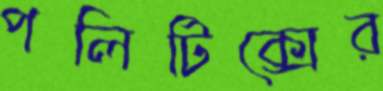
পলিটিক্সের